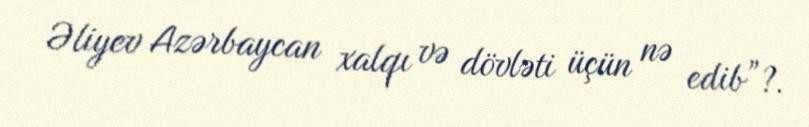
Əliyev Azərbaycan xalqı və dövləti üçün nə edib”?.